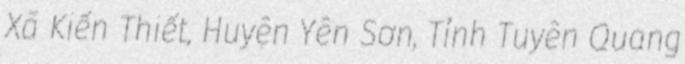
Xã Kiến Thiết, Huyện Yên Sơn, Tỉnh Tuyên Quang